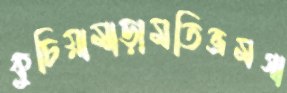
কুচিয়ামাড়ামতিভ্রমগা